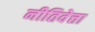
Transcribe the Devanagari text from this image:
नीतिवेत्ता